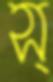
স্